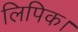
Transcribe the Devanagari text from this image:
लिपिक।